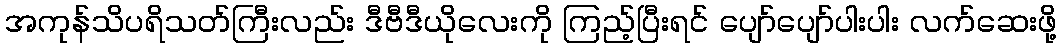
အကုန်သိပရိသတ်ကြီးလည်း ဒီဗီဒီယိုလေးကို ကြည့်ပြီးရင် ပျော်ပျော်ပါးပါး လက်ဆေးဖို့